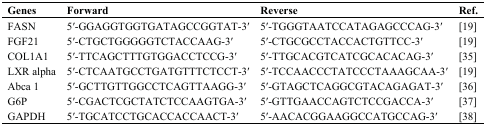
<table><thead><tr><td><b>Genes</b></td><td><b>Forward</b></td><td><b>Reverse</b></td><td><b>Ref.</b></td></tr></thead><tbody><tr><td>FASN</td><td>5ʹ-GGAGGTGGTGATAGCCGGTAT-3ʹ</td><td>5ʹ-TGGGTAATCCATAGAGCCCAG-3ʹ</td><td>[19]</td></tr><tr><td>FGF21</td><td>5ʹ-CTGCTGGGGGTCTACCAAG-3ʹ</td><td>5ʹ-CTGCGCCTACCACTGTTCC-3ʹ</td><td>[19]</td></tr><tr><td>COL1A1</td><td>5ʹ-TTCAGCTTTGTGGACCTCCG-3ʹ</td><td>5ʹ-TTGCACGTCATCGCACACAG-3ʹ</td><td>[35]</td></tr><tr><td>LXR alpha</td><td>5ʹ-CTCAATGCCTGATGTTTCTCCT-3ʹ</td><td>5ʹ-TCCAACCCTATCCCTAAAGCAA-3ʹ</td><td>[19]</td></tr><tr><td>Abca 1</td><td>5ʹ-GCTTGTTGGCCTCAGTTAAGG-3ʹ</td><td>5ʹ-GTAGCTCAGGCGTACAGAGAT-3ʹ</td><td>[36]</td></tr><tr><td>G6P</td><td>5ʹ-CGACTCGCTATCTCCAAGTGA-3ʹ</td><td>5ʹ-GTTGAACCAGTCTCCGACCA-3ʹ</td><td>[37]</td></tr><tr><td>GAPDH</td><td>5ʹ-TGCATCCTGCACCACCAACT-3ʹ</td><td>5ʹ-AACACGGAAGGCCATGCCAG-3ʹ</td><td>[38]</td></tr></tbody></table>